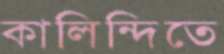
কালিন্দিতে